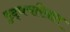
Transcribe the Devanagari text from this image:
बुद्धचरितात